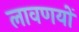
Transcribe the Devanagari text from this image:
लावणयों